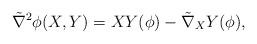
LaTeX: \begin{align*}\tilde\nabla^2 \phi(X,Y)=XY(\phi)-\tilde\nabla_XY (\phi),\end{align*}